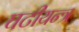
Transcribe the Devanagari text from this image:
घटीयन्त्र